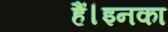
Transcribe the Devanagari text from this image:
हैं।इनका